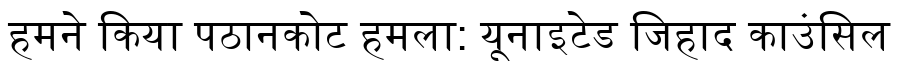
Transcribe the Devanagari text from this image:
हमने किया पठानकोट हमला: यूनाइटेड जिहाद काउंसिल